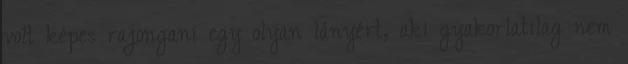
volt képes rajongani egy olyan lányért, aki gyakorlatilag nem